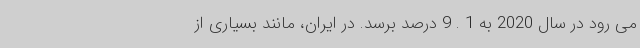
می رود در سال 2020 به 1 . 9 درصد برسد. در ایران، مانند بسیاری از